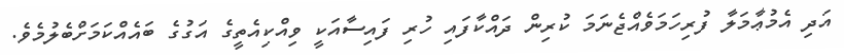
އަދި އެމުޢާމަލާ ފުރިހަމަވެއްޖެނަމަ ކުރިން ދައްކާފައި ހުރި ފައިސާއަކީ ވިއްކިއެތީގެ އަގުގެ ބައެއްކަމަށްބެލުމެވެ.